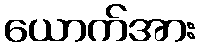
ယောက်အား